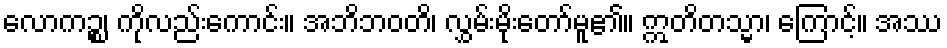
လောကဉ္စ၊ ကိုလည်းကောင်း။ အဘိဘဝတိ၊ လွှမ်းမိုးတော်မူ၏။ ဣတိတသ္မာ၊ ကြောင့်။ အဿ